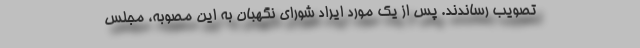
تصویب رساندند. پس از یک مورد ایراد شورای نگهبان به این مصوبه، مجلس